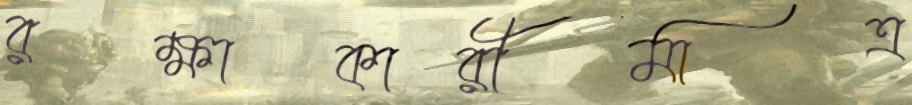
রক্ষাকারীমাত্র